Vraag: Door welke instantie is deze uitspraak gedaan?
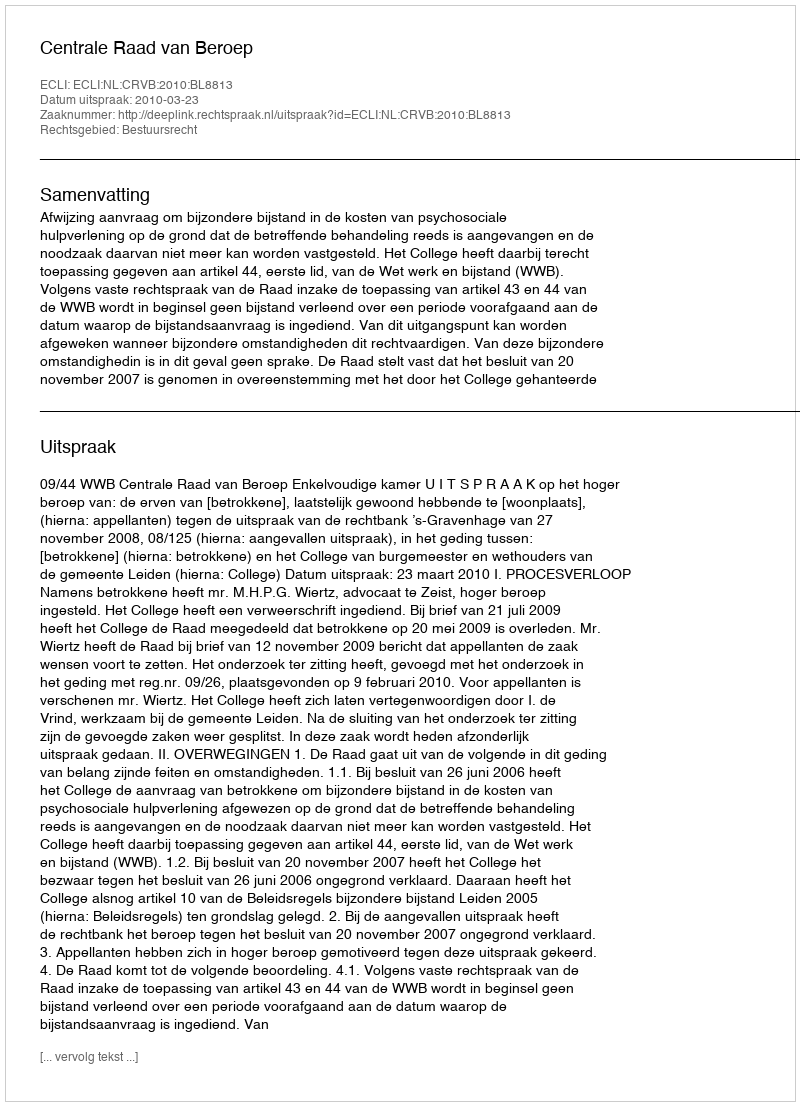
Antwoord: Centrale Raad van Beroep